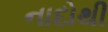
નાદોથી